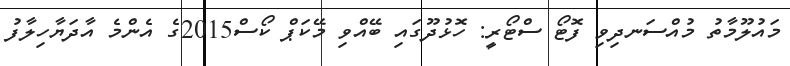
މައުލޫމާތު މުއްސަނދިވި ފޮޓޯ ސްޓޯރީ: ހޮޅުދޫގައި ބޭއްވި މޭކަޕް ކޯސް2015ގެ އެންމެ އާދަޔާހިލާފު